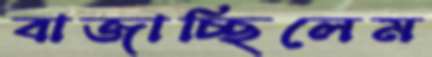
বাজাচ্ছিলেম